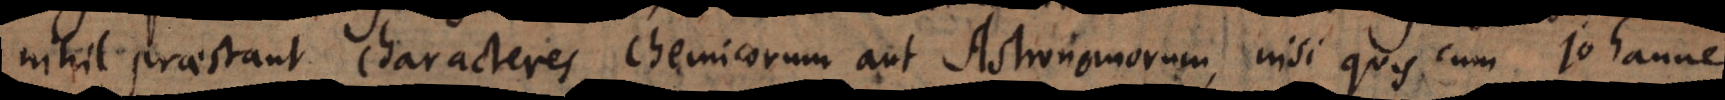
nihil praestant characteres Chemicorum aut Astronomorum, nisi quis cum Johanne